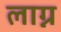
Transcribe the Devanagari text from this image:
लाग्न